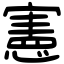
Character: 憲